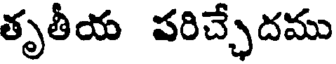
తృతీయ పరిచ్చేదము